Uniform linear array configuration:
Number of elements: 12
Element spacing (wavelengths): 0.5
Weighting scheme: hamming
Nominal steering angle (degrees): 45
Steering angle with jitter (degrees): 46.484
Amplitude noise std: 0.05
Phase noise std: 0.05

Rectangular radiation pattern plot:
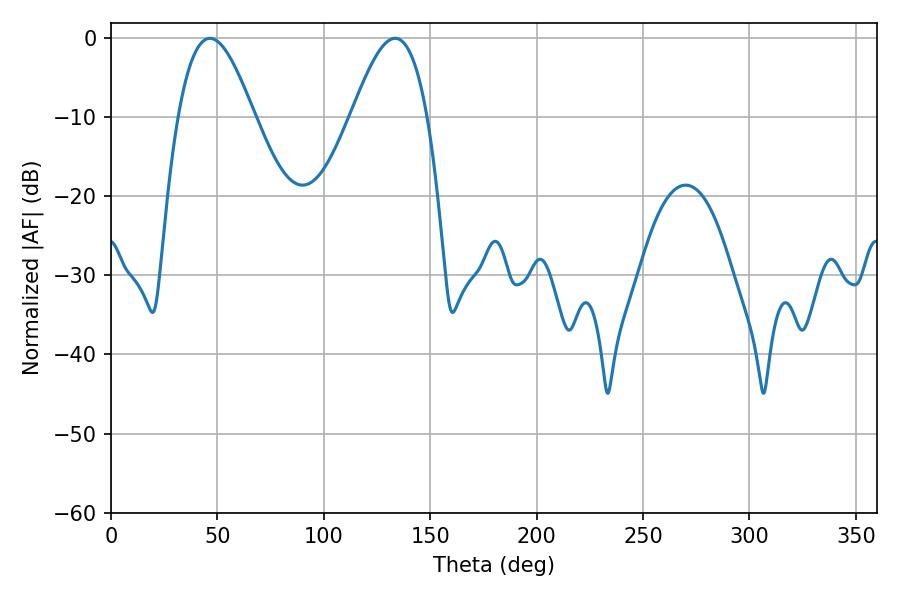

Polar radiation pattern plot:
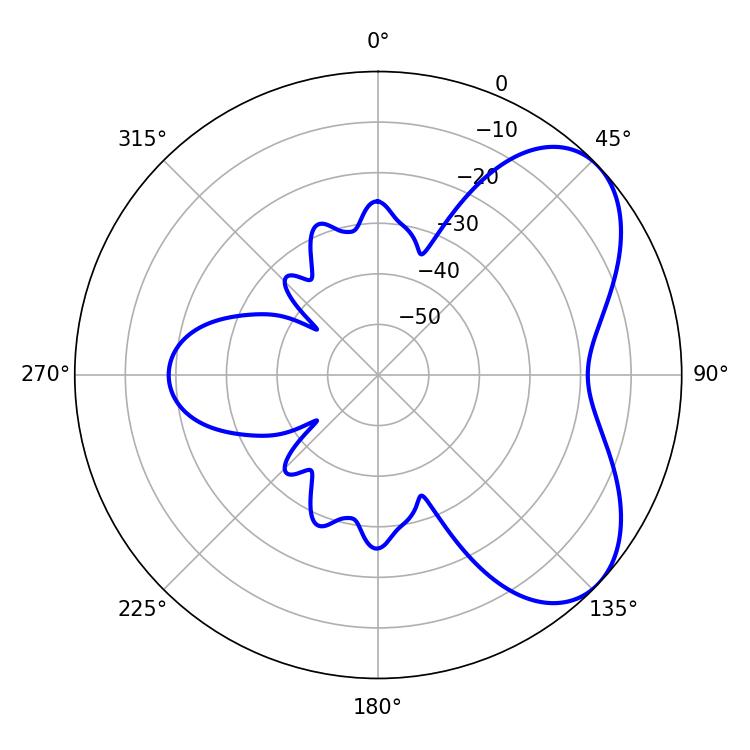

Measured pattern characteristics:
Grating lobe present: FALSE
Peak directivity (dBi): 5.633
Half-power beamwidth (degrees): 19.26
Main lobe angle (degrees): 46.44